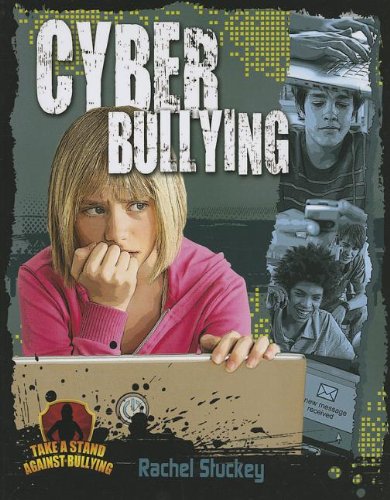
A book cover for Cyber Bullying (Take a Stand Against Bullying (Crabtree)); Rachel Stuckey; Teen & Young Adult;